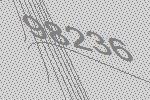
98236